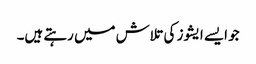
جو ایسے ایشوز کی تلاش میں رہتے ہیں۔